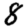
Digit: 8